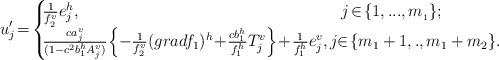
LaTeX: \begin{align*} u'_j\!=\!\left\{ \begin{array}{ll}\!\!\!\!\frac{1}{f_{_2}^v}e_j^h, &j\!\in\!\{1,...,m_{_1}\}; \\\!\!\!\!\frac{ca_j^v}{(1-c^2b_1^hA_j^v)}\!\left\{-\frac{1}{f_2^v}(gradf_1)^h\!+\!\frac{cb_1^h}{f_1^h}T_j^v\right\}\!+\!\frac{1}{f_1^h}e_j^v,& \!\!\!\!j\!\!\in\!\{m_1+1,.,m_1+m_2\}. \end{array} \right.\end{align*}